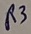
Text: R3